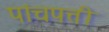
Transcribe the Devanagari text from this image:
पांचपत्ती